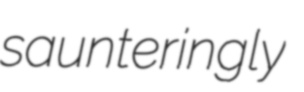
saunteringly